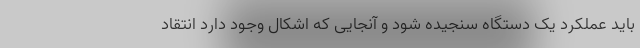
باید عملکرد یک دستگاه سنجیده شود و آنجایی که اشکال وجود دارد انتقاد